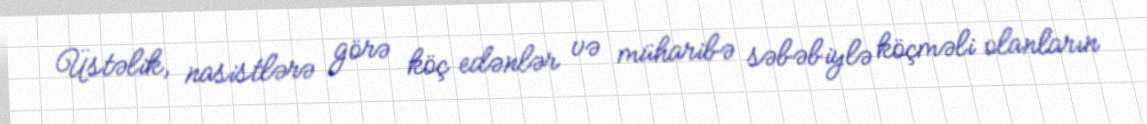
Üstəlik, nasistlərə görə köç edənlər və müharibə səbəbiylə köçməli olanların